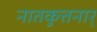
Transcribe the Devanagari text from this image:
नातकुत्तनार्